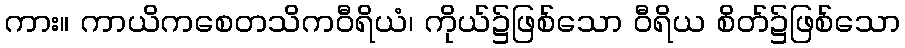
ကား။ ကာယိကစေတသိကဝီရိယံ၊ ကိုယ်၌ဖြစ်သော ဝီရိယ စိတ်၌ဖြစ်သော